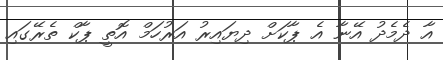
އާ ދެމެދު އޭނާ އެ ޕާކަށް ދިޔައިރު އަރުހަމް އޮތީ ޕާކް ތެރޭގައި